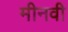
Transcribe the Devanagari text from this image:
मीनवी